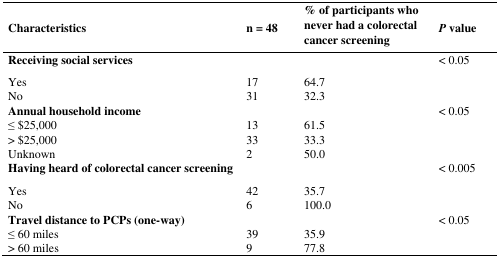
| Characteristics | n = 48 | % of participants who never had a colorectal cancer screening | P value |
 | --- | --- | --- | --- |
 | Receiving social services |  |  | < 0.05 |
 | Yes | 17 | 64.7 |  |
 | No | 31 | 32.3 |  |
 | Annual household income |  |  | < 0.05 |
 | ≤ $25,000 | 13 | 61.5 |  |
 | > $25,000 | 33 | 33.3 |  |
 | Unknown | 2 | 50.0 |  |
 | Having heard of colorectal cancer screening |  |  | < 0.005 |
 | Yes | 42 | 35.7 |  |
 | No | 6 | 100.0 |  |
 | Travel distance to PCPs (one-way) |  |  | < 0.05 |
 | ≤ 60 miles | 39 | 35.9 |  |
 | > 60 miles | 9 | 77.8 |  |